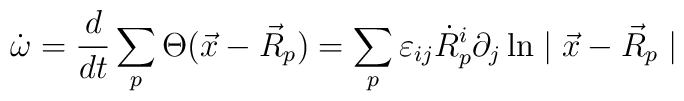
\dot{\omega}=\frac{d}{dt}\sum_{p}\Theta(\vec{x}-\vec{R}_{p})=                   \sum_{p}\varepsilon_{ij}\dot{R}^{i}_{p}\partial_{j}                                        \ln\mid\vec{x}-\vec{R}_{p}\mid